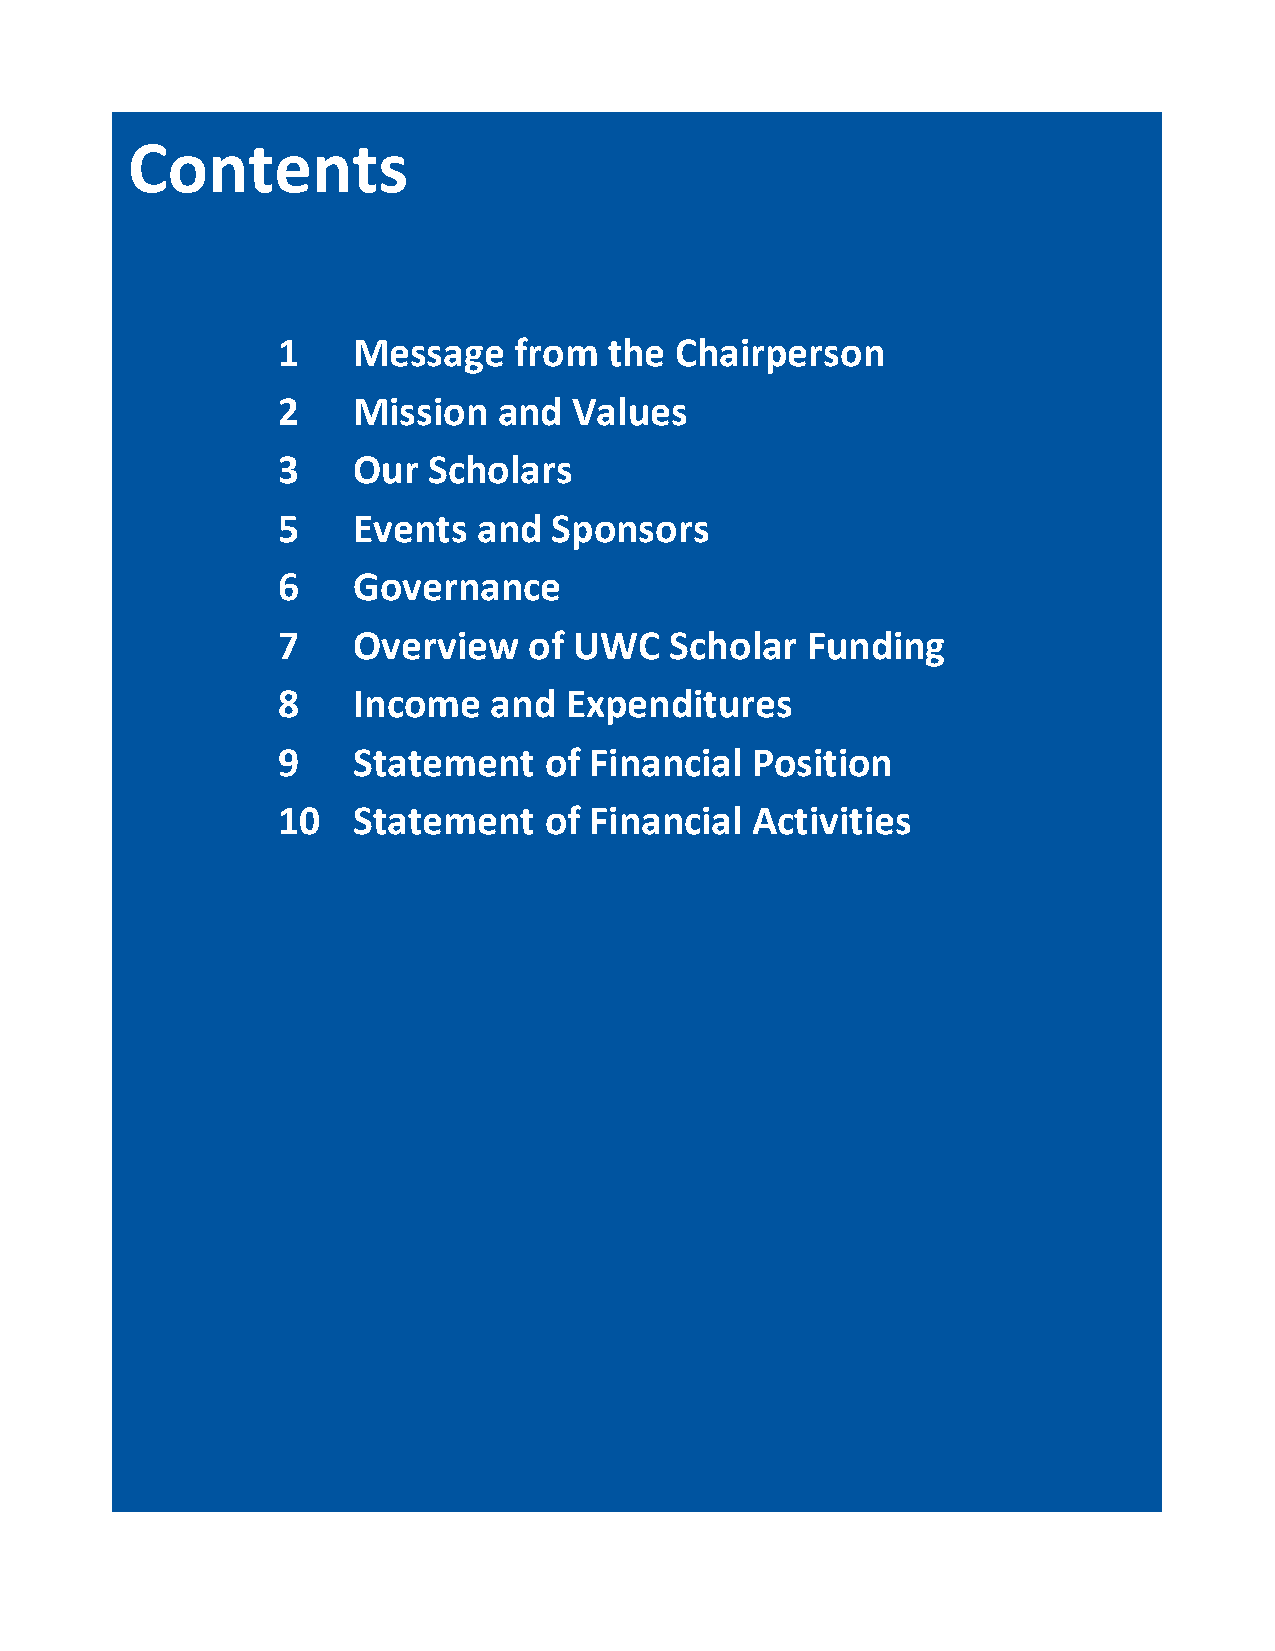
Contents
 1    Message    from  the  Chairperson
 2    Mission   and  Values
 3    Our  Scholars
 5    Events   and  Sponsors
 6    Governance
 7    Overview    of UWC   Scholar  Funding
 8    Income   and  Expenditures
 9    Statement    of Financial  Position
 10   Statement    of Financial  Activities